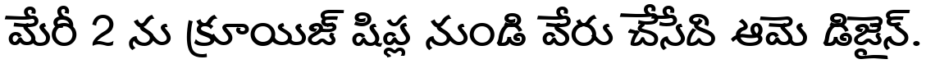
మేరీ 2 ను క్రూయిజ్ షిప్ల నుండి వేరు చేసేది ఆమె డిజైన్.